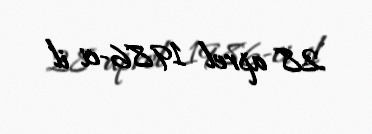
28 aprel 1986-ci il